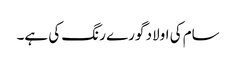
سام کی اولاد گورے رنگ کی ہے۔